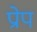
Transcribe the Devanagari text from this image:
प्रोप